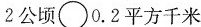
2公顷\circ 0.2平方千米